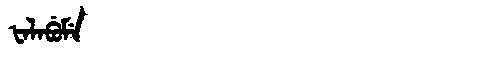
Manchu: ᡶᠠᠯᠠᠪᡠᠮᡝ
Romanization: FALABUME